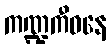
ကဏ္ဍကီဝနေ